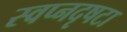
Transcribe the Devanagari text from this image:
स्वप्नदृषटा